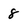
Character: 8